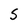
Character: S